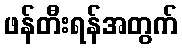
ဖန်တီးရန်အတွက်